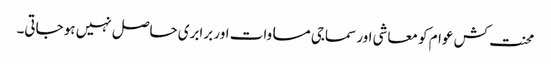
محنت کش عوام کو معاشی اور سماجی مساوات اور برابری حاصل نہیں ہو جاتی۔